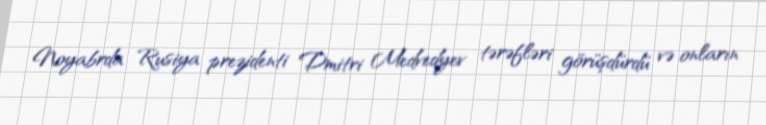
Noyabrda Rusiya prezidenti Dmitri Medvedyev tərəfləri görüşdürdü və onların